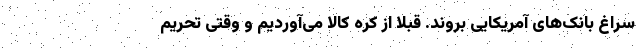
سراغ بانک‌های آمریکایی بروند. قبلا از کره کالا می‌آوردیم و وقتی تحریم